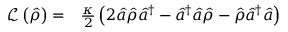
\begin{array} { r l } { \mathcal { L } \left( \hat { \rho } \right) = } & { { } \frac { \kappa } { 2 } \left( 2 \hat { a } \hat { \rho } \hat { a } ^ { \dagger } - \hat { a } ^ { \dagger } \hat { a } \hat { \rho } - \hat { \rho } \hat { a } ^ { \dagger } \hat { a } \right) } \end{array}